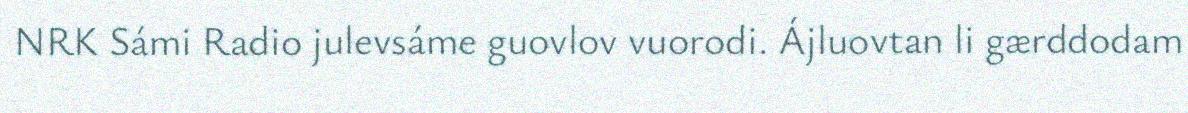
NRK Sámi Radio julevsáme guovlov vuorodi. Ájluovtan li gærddodam